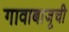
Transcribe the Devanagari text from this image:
गावाबाजूची